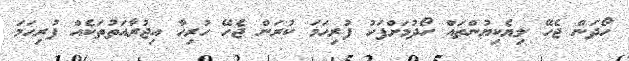
ހޯދަން ޖެހޭ ލިޔެކިޔުންތައް ހޯދުމަށްފަހު ފުރިހަމަ ކުރަން ޖެހޭ ހުރިހާ އިޖުރާއަތުތަކެއް ފުރިހަމަ